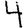
Digit: 4